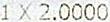
1 X 2.0000